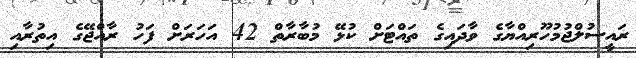
ރައީސުލްޖުމުހޫރިއްޔާގެ ވާދައިގެ ތައްޓަށް ކުޅޭ މުބާރާތް 42 އަހަރަށް ފަހު ރާއްޖޭގެ އިތުރާއި